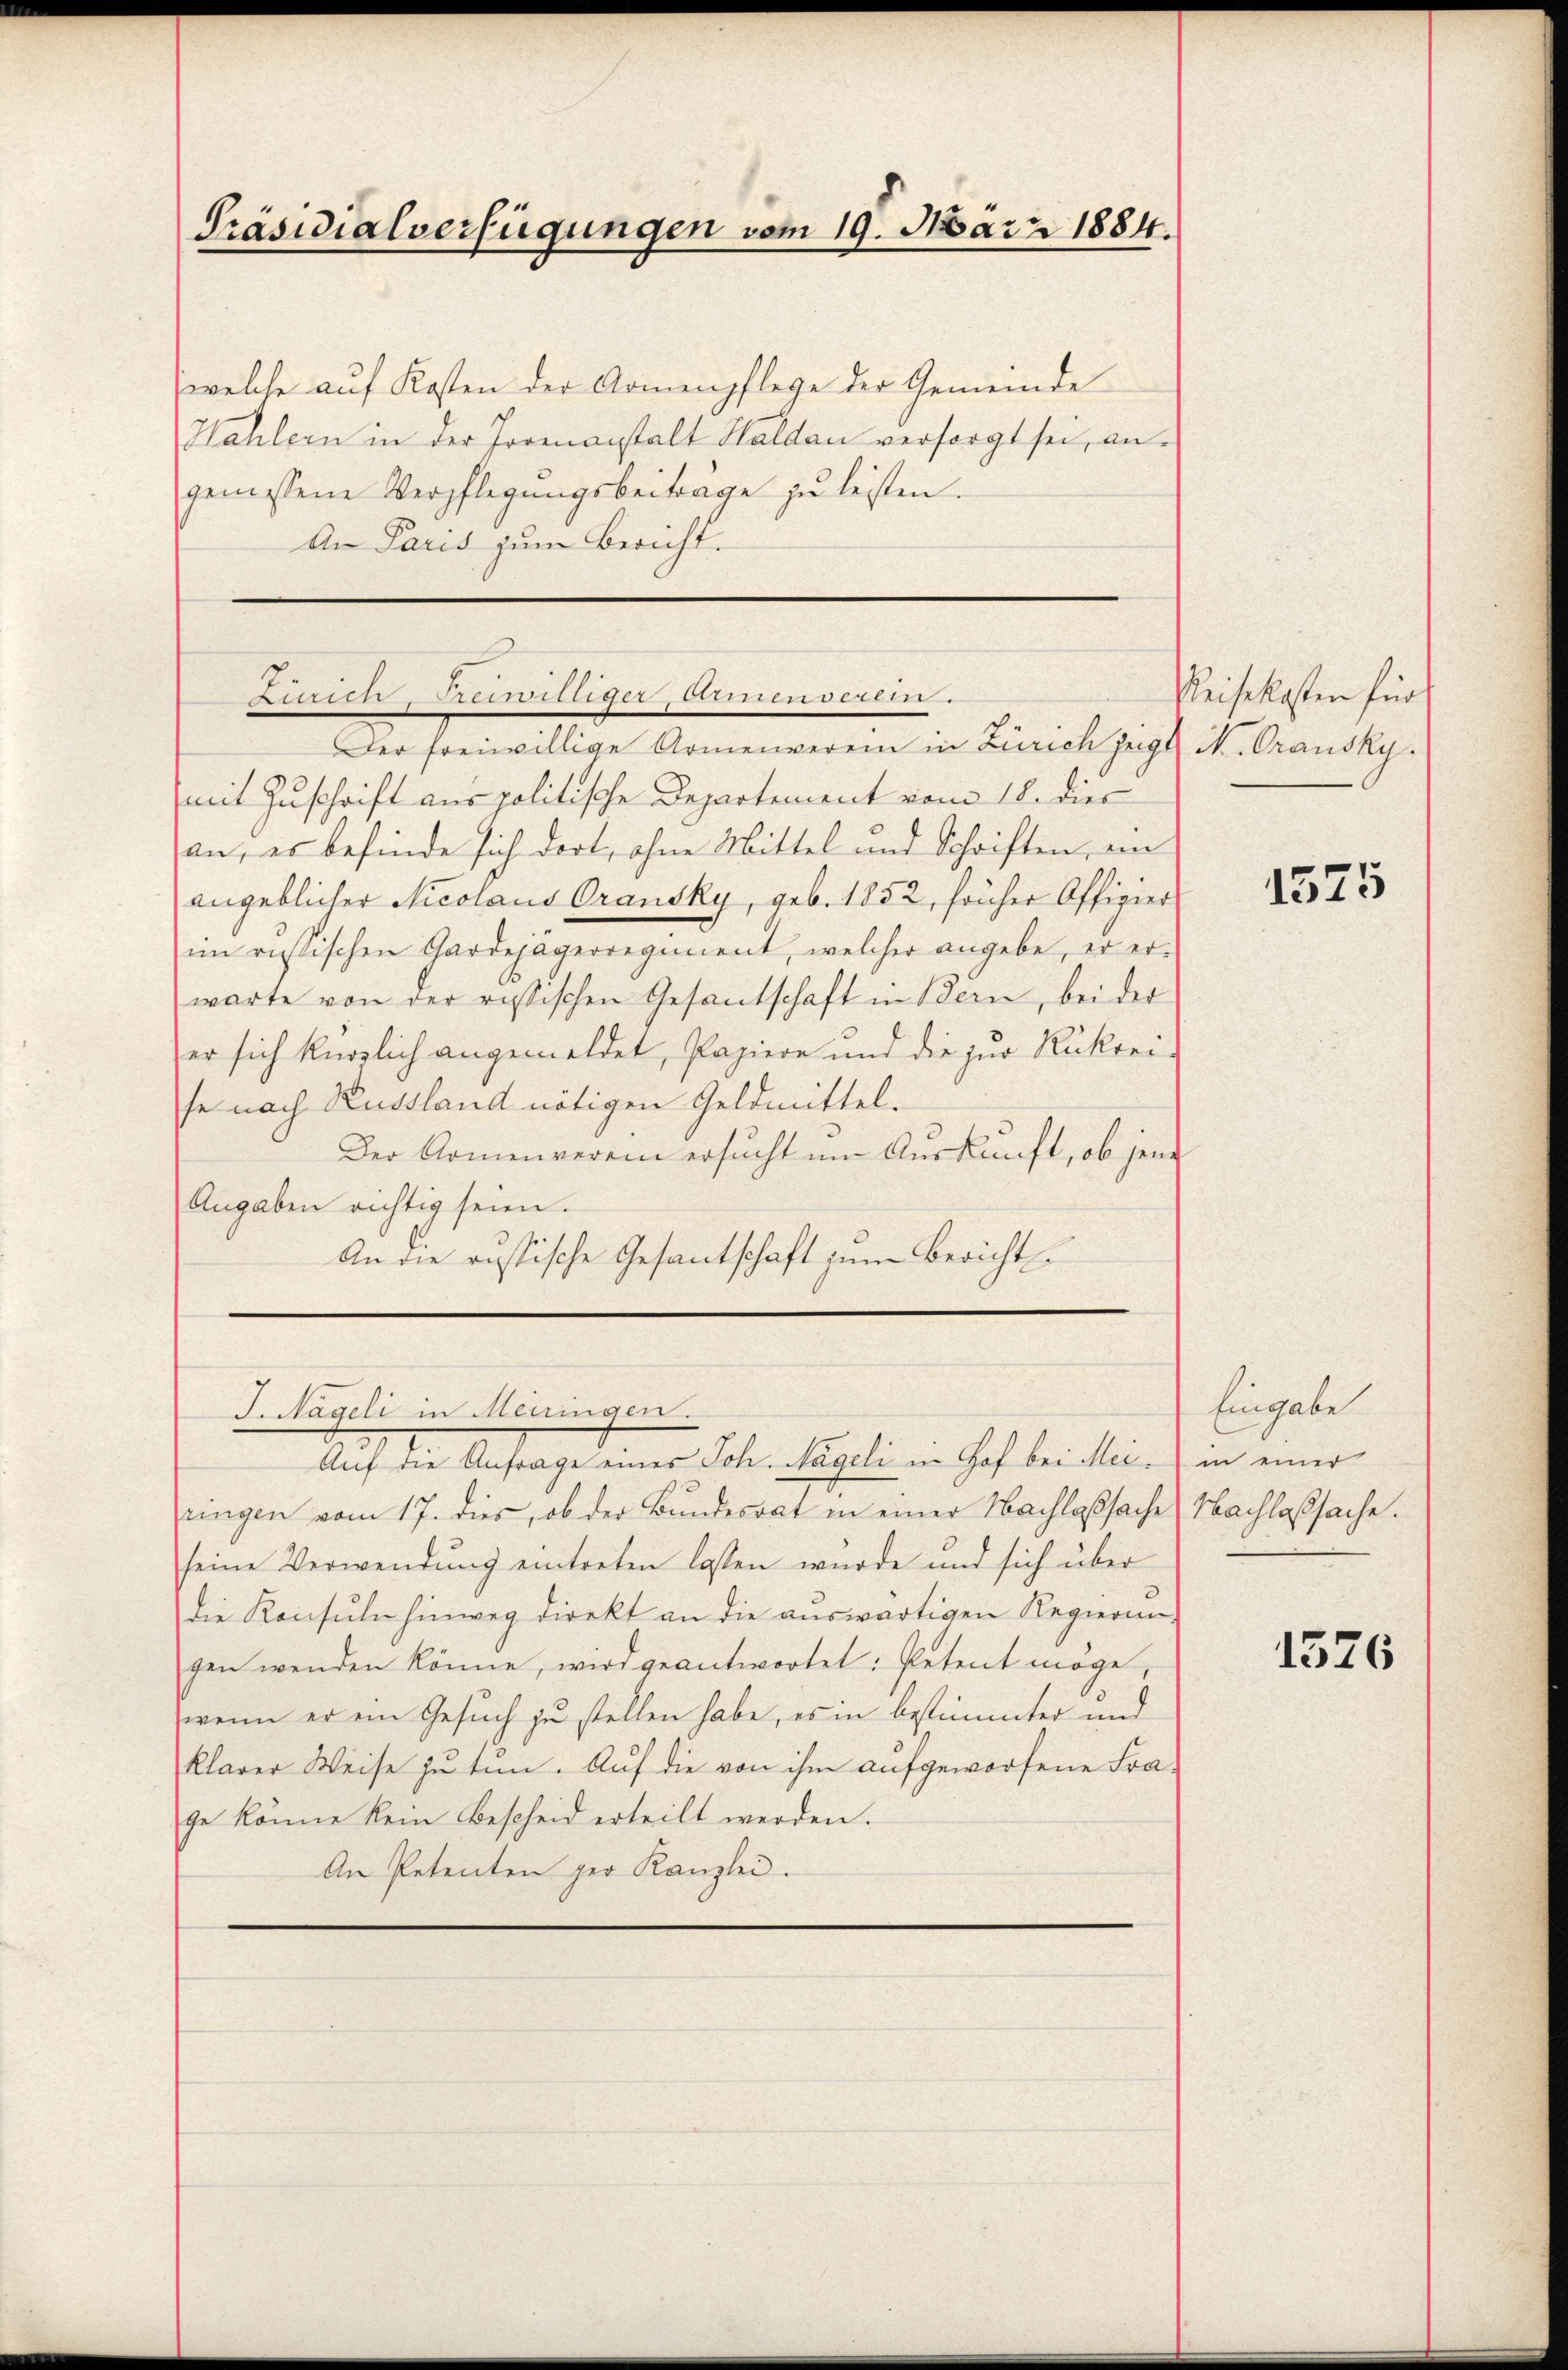
Präsidialverfügungen vom 19. März 1884.

welche auf Kosten der Armenpflege der Gemeinde
Hahlern in der Joreanstalt Haldau versorgt sei, angemessene Verpflegŭngsbeitrage zŭ leisten.
An Paris zum Bericht.

mit Zuschrift aus politische Departement vom 18. dies
an, es befinde sich dort, ohne Mittel und Schriften, ein
angeblicher Nicolaus Oransky, geb. 1852, früher Offigier
im russischen Gardejägerregiment, welcher angebe, er er-
warte von der ristischen Gesantschaft in Bern, bei der
er sich kürzlich angemeldet, Papiere und die zur Rukrei-
se nach Russland nötigen Geldmittel.
Der Armenverein ersucht im Auskunft, ob jene
Angaben richtig seien.
An die russische Gesantschaft zum Bericht

Zürich, Reiwilliger, Armenseren.
Der freiwillige Armenverein in Zürich zeigt N. Orausky.

ringen vom 17. dies, ob der Bundesrat in einer Nachlaßsache Nachlaßsache.
seine Verwendung eintreten lassen wurde und sich über
die Konsuln hinweg direkt an die aŭswärtigen Regierung
gen wenden könne, wird geantwortet: Petent möge,
wenn er ein Gesuch zu stellen habe, es in bestimmter und
klarer Weise zu tun. Auf die von ihm aufgeworfene Frage könne kein Bescheid erteilt werden.
An Petenten per Kanzlei.

J. Nägeli in Meningen.
Auf die Anfrage eines Joh. Nageli in Hof bei Mei- in einer

Reisekosten für

1575

Eingabe

1376